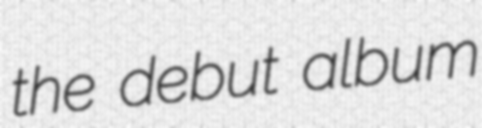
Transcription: the debut album